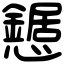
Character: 𢤹